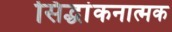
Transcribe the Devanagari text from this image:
सिद्धांकनात्मक